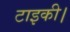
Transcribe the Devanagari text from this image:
टाइकी।